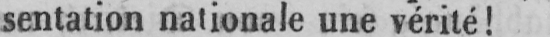
sentation nationale une vérité!